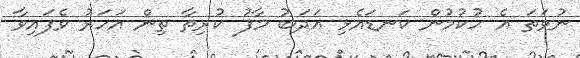
ނުވަތަ އެ ހުކުމުން ކަނޑައެޅި އަދަބު މާފު ކުރިތާ ތިން އަހަރު ވެފައިވާ